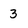
Character: 3